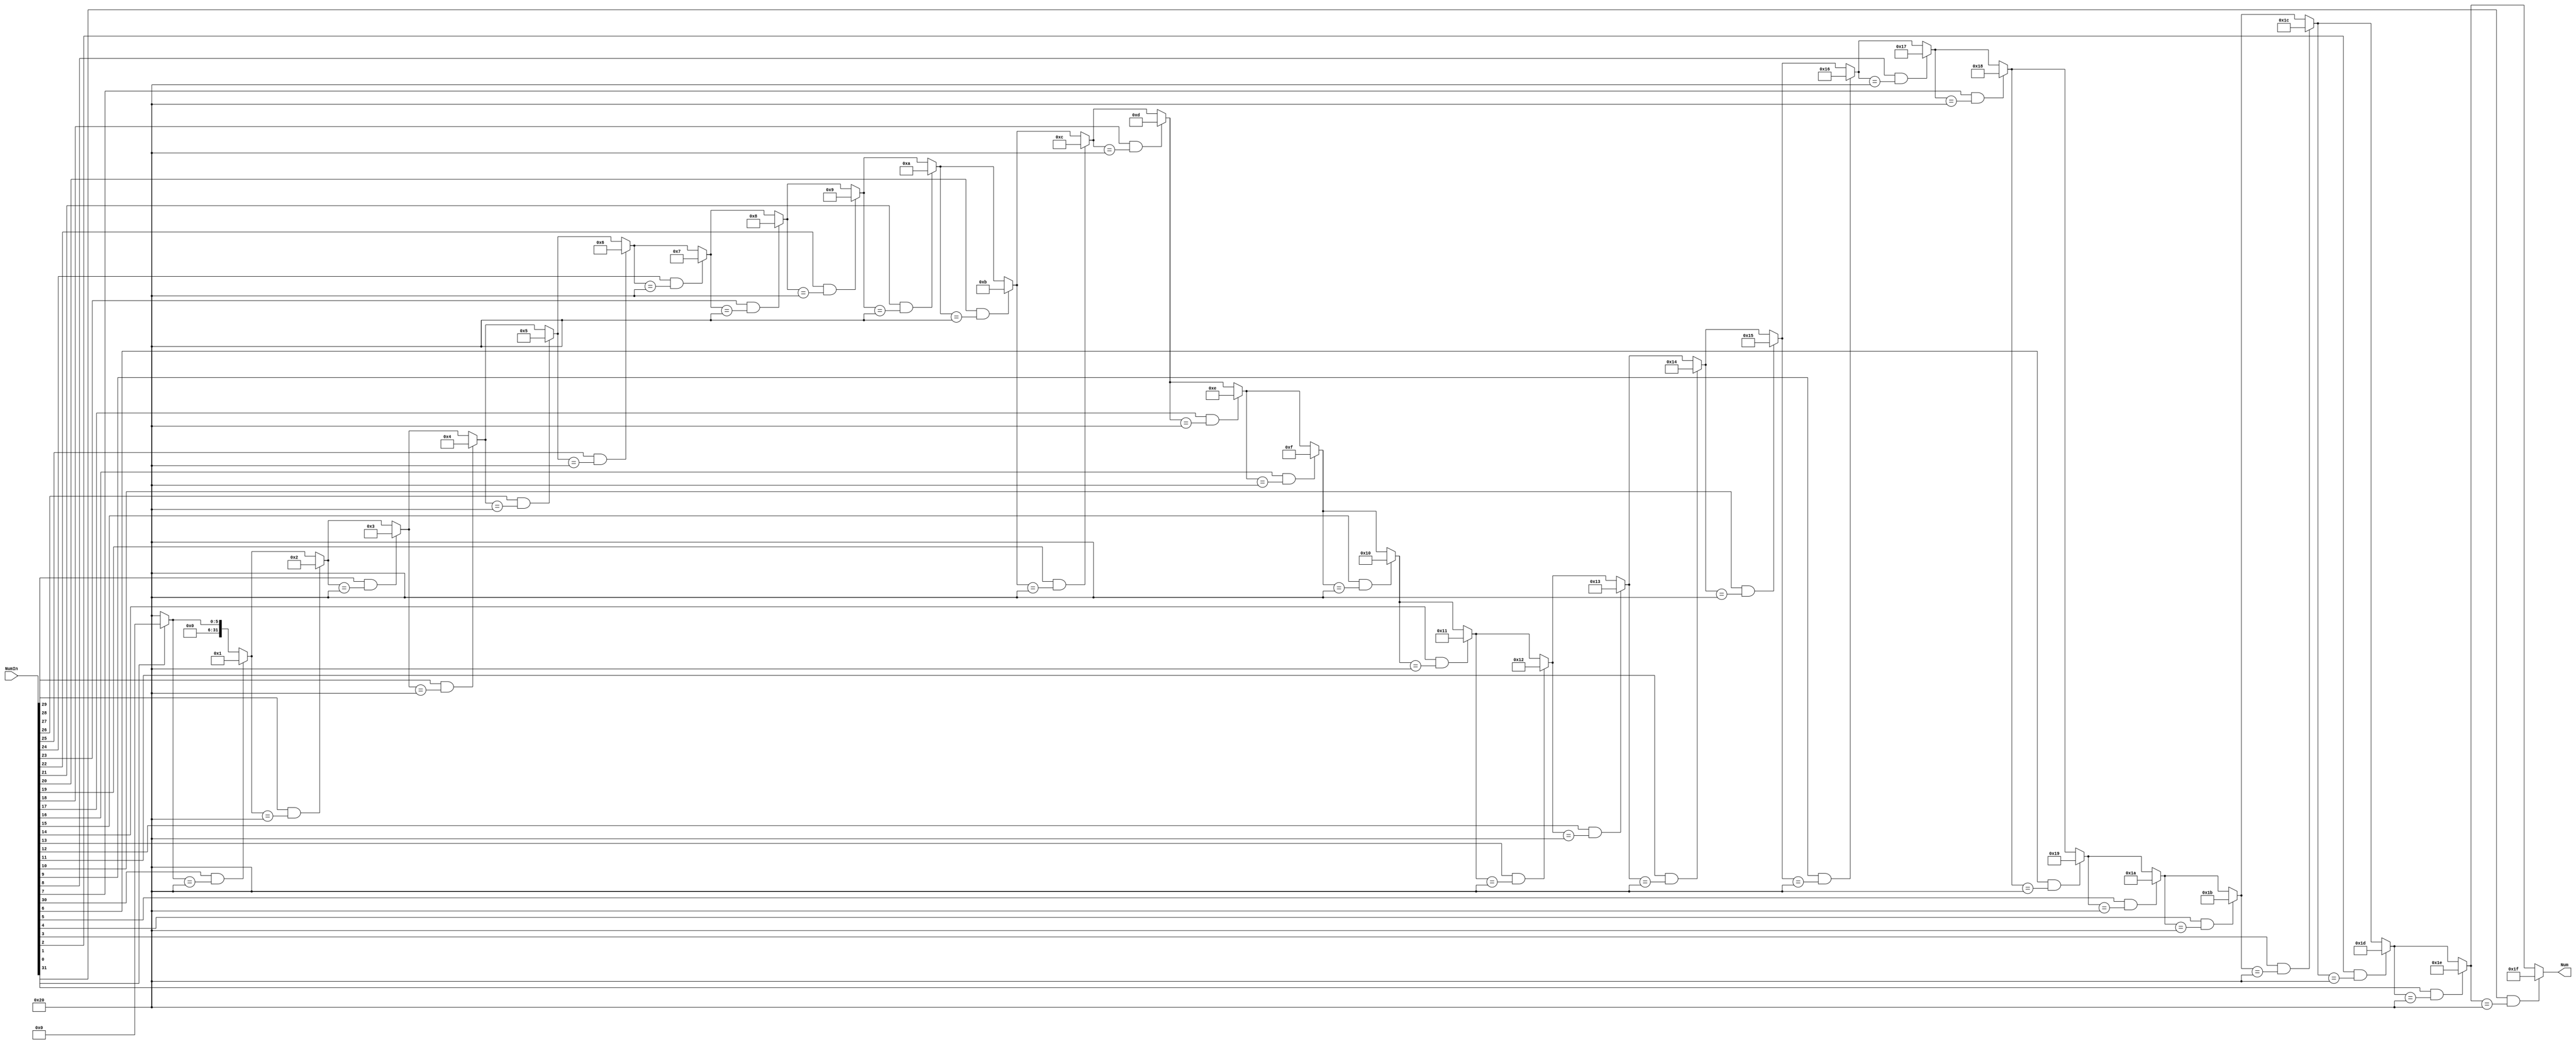
module JudgeBit_1(NumIn,Num);
input [31:0] NumIn;
output reg[31:0] Num;
integer i = 0;
always@(NumIn)
begin  
    Num = 32; 
    for(i = 31;i >= 0;i = i-1) 
       if(NumIn[i] == 1'b1 && Num == 32) 
            Num = 31 - i; 
end
endmodule